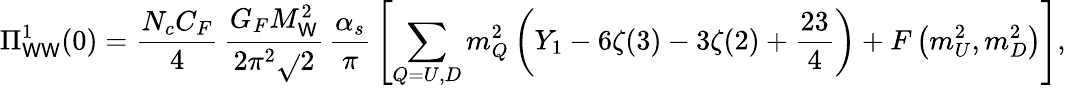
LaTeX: \Pi_{\mathsf{W}\mathsf{W}}^{1}(0)={\frac{{N_{c}C_{F}}}{{4}}}\, {\frac{{G_{F}M_{\mathsf{W}}^{2}}}{{2\pi^{2}\sqrt{}{2}}}}\, {\frac{{\alpha_{s}}}{{\pi}}}\left[\sum_{Q=U,D}m_{Q}^{2}\left(Y_{1}-6\zeta(3)-3\zeta(2)+{\frac{{23}}{{4}}}\right)+F\left(m_{U}^{2},m_{D}^{2}\right)\right],